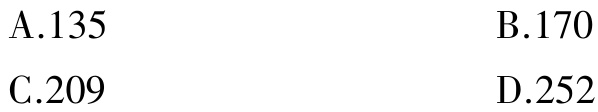
A.135
B.170
C.209
D.252